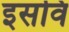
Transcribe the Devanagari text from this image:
इसवि